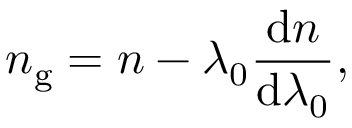
n _ { \mathrm { g } } = n - \lambda _ { 0 } { \frac { \mathrm { d } n } { \mathrm { d } \lambda _ { 0 } } } ,